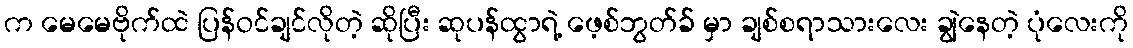
က မေမေဗိုက်ထဲ ပြန်ဝင်ချင်လိုတဲ့ ဆိုပြီး ဆုပန်ထွာရဲ့ ဖေ့စ်ဘွတ်ခ် မှာ ချစ်စရာသားလေး ချွဲနေတဲ့ ပုံလေးကို